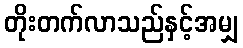
တိုးတက်လာသည်နှင့်အမျှ